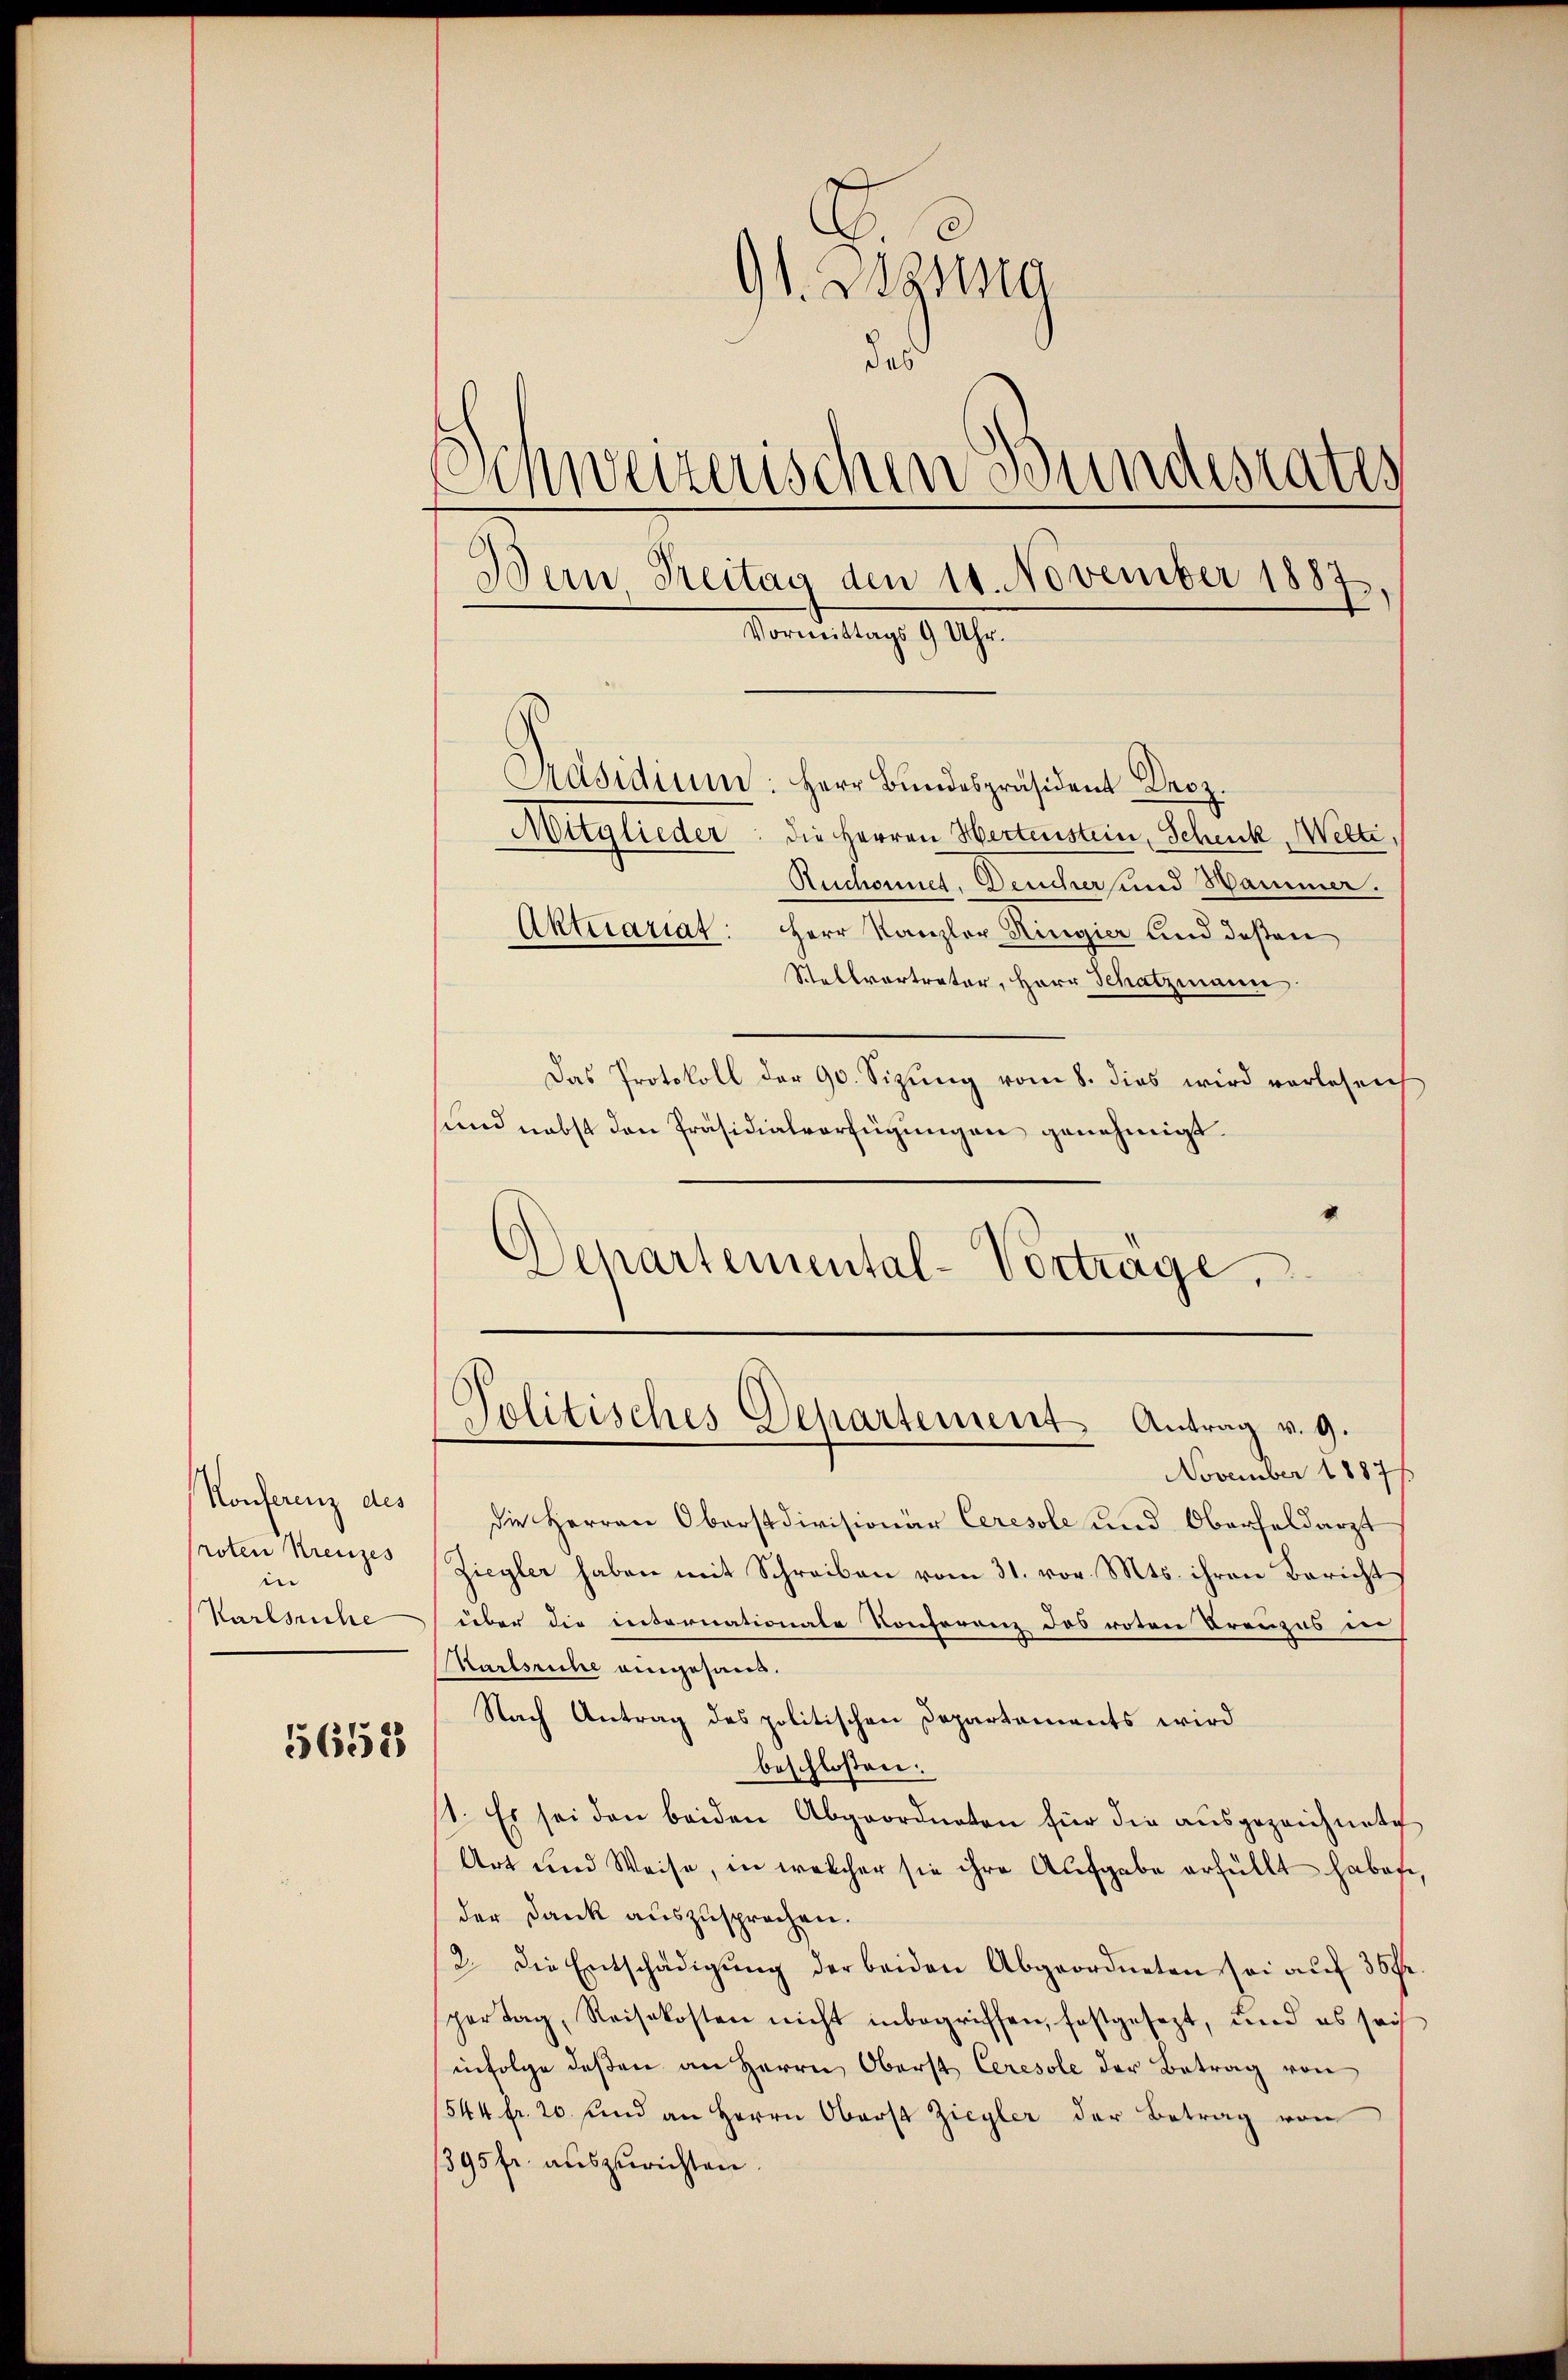
Konferenz des
roten Kreuzes
i
Karlsruhe

5652

1
91. Wenig
das
Schweizerischen Bundesrates
Bern, Freitag den 11. November 1887
Vormittags 9 Uhr.
Präsidium: Herr Bundespräsident Droz.
Muglieder. Die Herren Hertenstein, Schenk, Welti,
Ruchonnet, Deucher und Hammer.

Aktuariat: Herr Kanzler Ringier und deßen
Stellvertreter, Herr Schatzmann
Das Protokoll der 90. Sizung vom 8. dies wird vorlesenh
und nebst den Präsidialverfügungen genehmigt.
Departemental-Vortrage,

Politisches Departement Antrag v. 9.

November 1887 f
die Herren Oberstdivisionär Ceresole und Oberfeldarzt
Ziegler haben mit Schreiben vom 31. vor. Mts. ihren Bericht
über die internationale Konferenz des roten Treuzes in
Karlsruhe eingesand¬
Nach Antrag des politischen Departements wird
beschlossen:
1. Es sei den beiden Abgeordneten für die ausgezeichnete
Art und Weise, in welcher sie ihre Aufgabe erfüllt habe,
der Dank auszusprochen.
2. Die Entschädigŭng der beiden Abgeordneten sei aŭf 35 fr.
sportag, Reisekosten nicht inbegriffen, festgesezt, und es sech
infolge deßen an Herrn Oberst Ceresole der Betrag von
544 fr. 20 und an Herrn Oberst Ziegler der Betrag von
1395 fr. auszurichten.